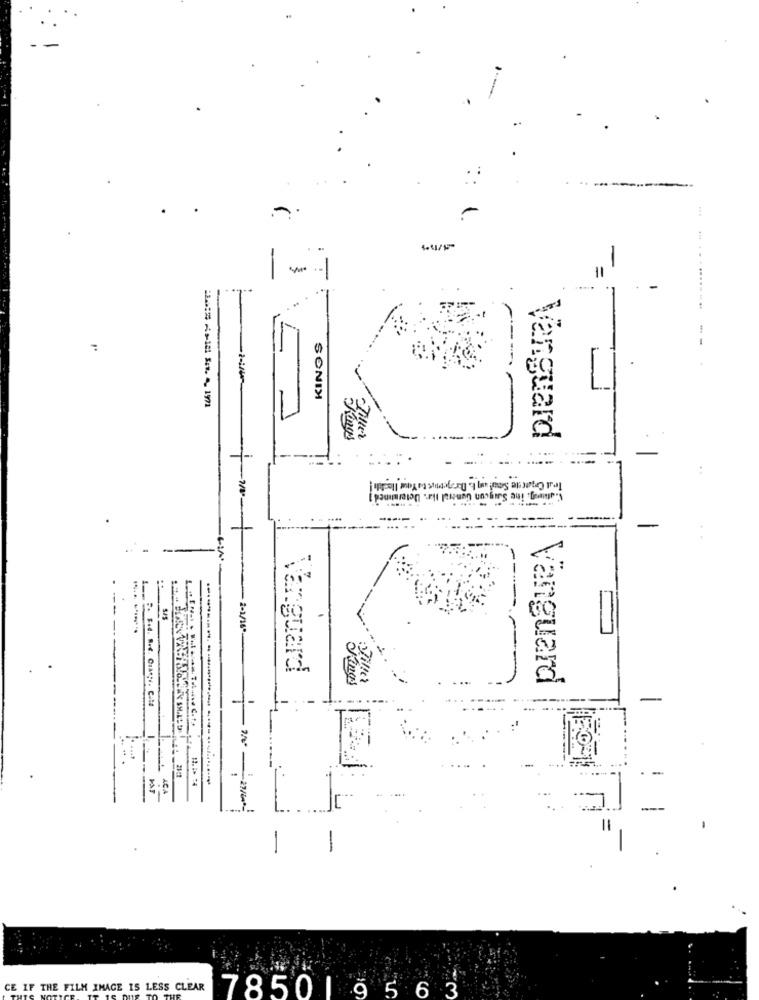
-se
--
11
... .. . ....
--
:
--
SONIM
Kings
Tiller
Vanguard
S-afung. ine Sauycun General Ilar. Determined !
...
-...-...
- 2-1/16*
Vanguard
Vanguard
-
...
L
-
-
CE IF THE FILM IMAGE IS LESS CLEAR 7850 1 9 5 6 3